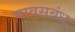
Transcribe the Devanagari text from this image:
मावसबंधू